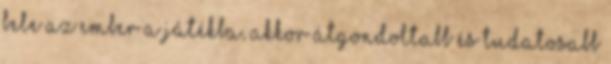
bele az ember a játékba, akkor átgondoltabb és tudatosabb